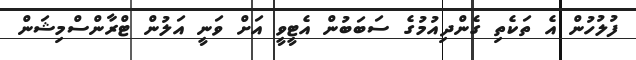
ފުލުހުން އެ ތަކެތި ގެންދިއުމުގެ ސަބަބުން އެޓީވީ އަށް ވަނީ އަލުން ޓްރާންސްމިޝަން